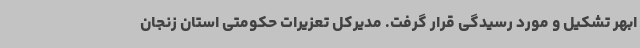
ابهر تشکیل و مورد رسیدگی قرار گرفت. مدیرکل تعزیرات حکومتی استان زنجان